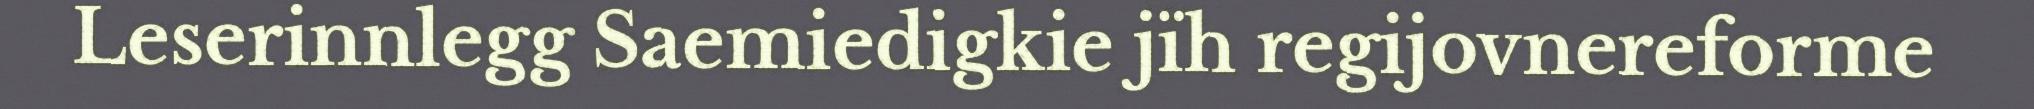
Leserinnlegg Saemiedigkie jïh regijovnereforme